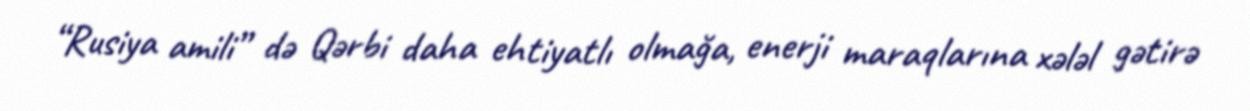
“Rusiya amili” də Qərbi daha ehtiyatlı olmağa, enerji maraqlarına xələl gətirə